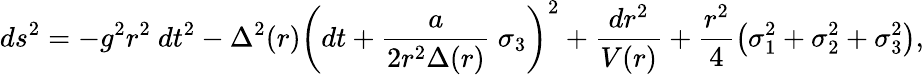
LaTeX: ds^{2}=-g^{2}r^{2}\ dt^{2}-\Delta^{2}(r)\left(dt+\frac{a}{2r^{2}\Delta(r)}\ \sigma_{3}\right)^{2}+\frac{dr^{2}}{V(r)}+\frac{r^{2}}{4}\left(\sigma_{1}^{2}+\sigma_{2}^{2}+\sigma_{3}^{2}\right),